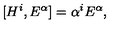
[ H ^ { i } , E ^ { \alpha } ] = \alpha ^ { i } E ^ { \alpha } ,